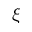
\xi